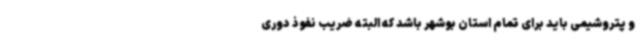
و پتروشیمی باید برای تمام استان بوشهر باشد که البته ضریب نفوذ دوری